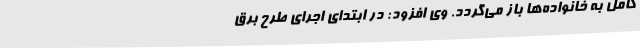
کامل به خانواده‌ها باز می‌گردد. وی افزود: در ابتدای اجرای طرح برق